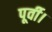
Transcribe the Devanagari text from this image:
पूर्वी।